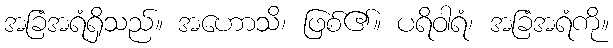
အခြံအရံရှိသည်။ အဟောသိ၊ ဖြစ်၏။ ပရိဝါရံ၊ အခြံအရံကို။